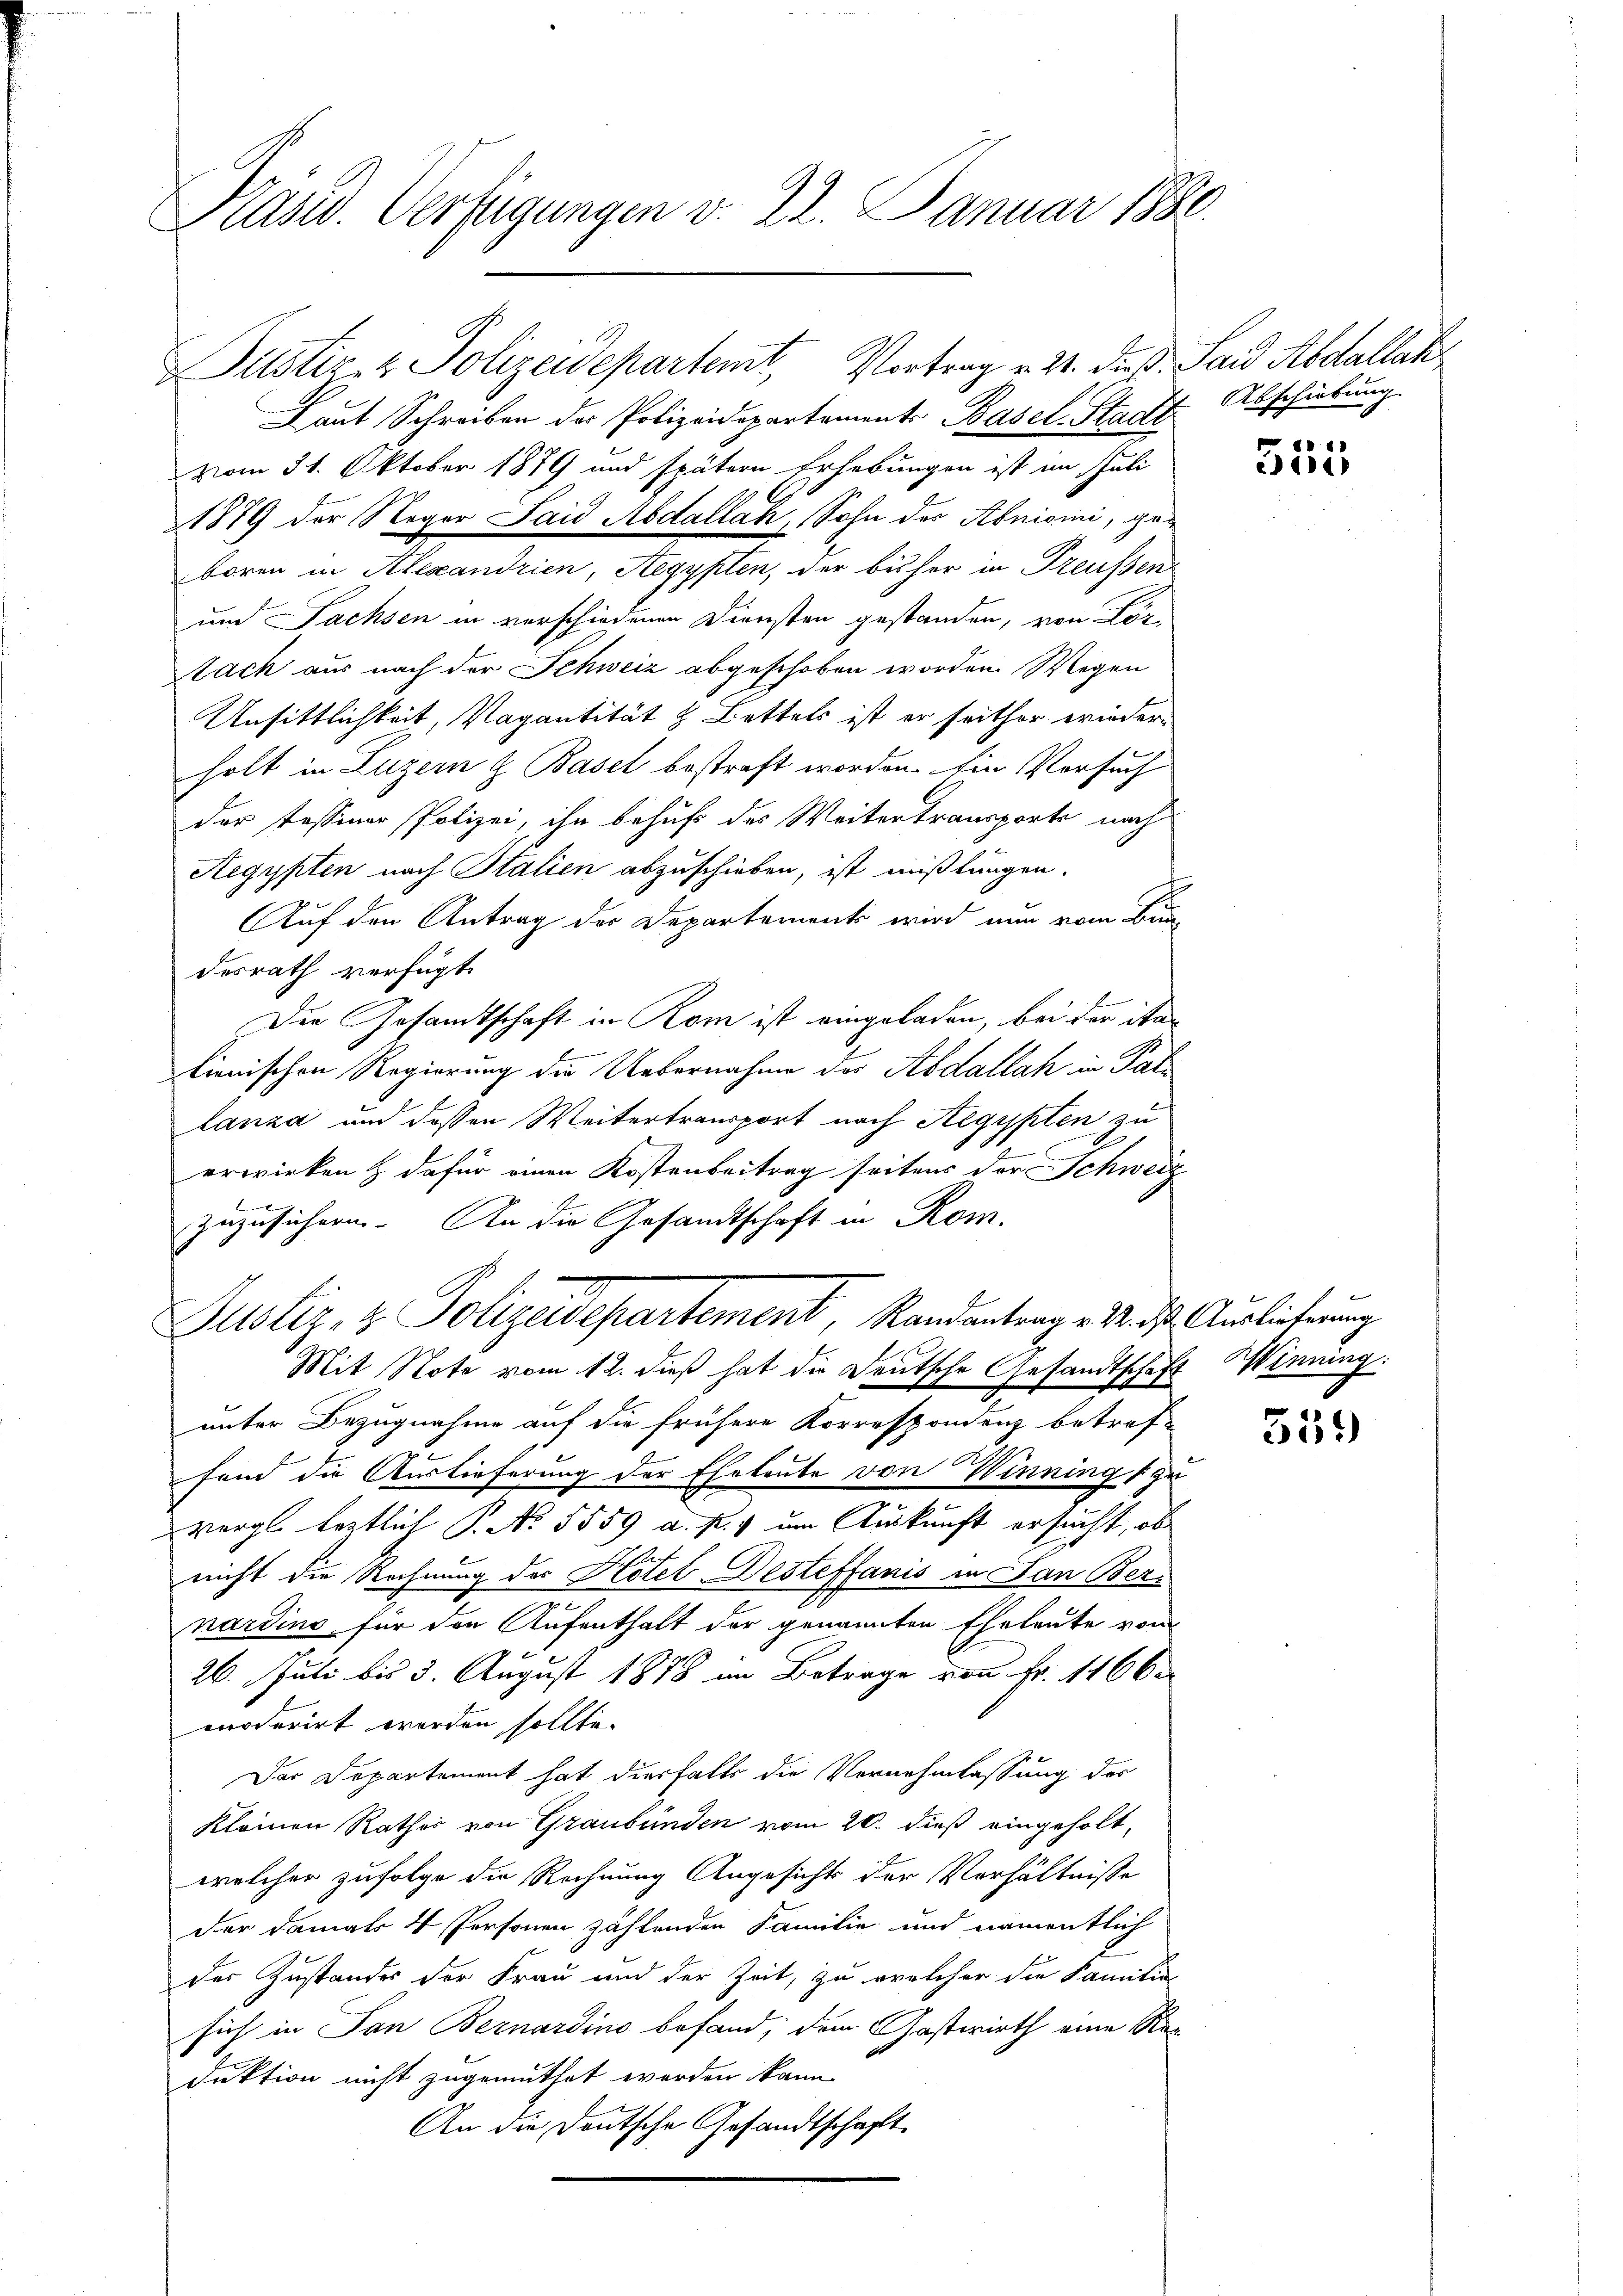
Käsd. Verfügungen v. 22. Januar 1888.

Laut Schreiben der Polizeidepartement Basel-Stadt Abschiebung.
vom 31. Oktober 1879 und spätern Erhebungen ist im Juli
1879 der Neger Said Abdallach, Sohn der Abniomi, geboren in Alexandrien, Aegypten, der bisher in Freussen
und Sachsen in vorschiedenen Diensten gestanden, von Körtach aus nach der Schweiz abgeschoben worden. Wegen
Unsittlichkeit, Vagantität & Bettels ist er seither wiederholt in Luzern & Basel bestraft worden Ein Versuch
der Tessiner Polizei, ihn behuf des Weitertransporte nach
Aegypten nach Stalien abzuschieben, ist mißlungen.
Auf den Antrag der Departement wird nun vom Bun-
desrath verfügt:
Der Gesamtschaft in Rom ist eingeladen, bei der itae
lienischen Regierung die Uebernahme des Abdallah in Pat
lanza und dessen Weitertransport nach Aegypten zu
erwirken & dafür einen Kostenbeitrag seitens der Schweiz
zuzusichern. An die Gesandtschaft in Rom.
Justiz & Polizeidepartement, Randantrage des Auslicherung
Mit Note vom 12. dieß hat die Deutsche Gesandtschaft Winning:
unter Bezugnahme auf die frühere Korrespondenz betref-
2
fand die Auslieferung der Eheleute von Winnings zu
vergl. leztlich P. No. 5559 a. p. um Auskunft ersucht, ob
nicht die Rechnung des Hotel-Desteffanis in Jan Ber-
nardins für den Aufenthalt der genannten Eheleute vom
26. Juli bis 3. August 1878 im Betrage von Fr. 1166
moderirt worden sollte.
Der Departement hat diesfalls die Vernehmlassung des
kleinen Rathes von Graubünden vom 20. dieß eingeholt,
welcher zufolge die Rechnung Angesicht der Verhältnisse
der damals 4 Personen zahlenden Familie und namentlich
der Zustandes der Frau und der Zeit, zu welcher die Famili
sich in San Bernardino befand, dem Gastwirth eine Rec
duktion nicht zugemuthet worden kann.
An die Deutsche Gesandtschaft.

Justiz- & Polizeidepartemt, Vortrag v. 21. dieß. Sand Abdallak

8
515

559